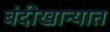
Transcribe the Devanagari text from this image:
बंदीखान्यात